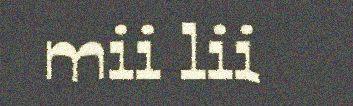
mii lii